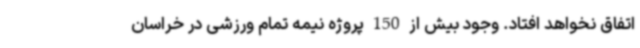
اتفاق نخواهد افتاد. وجود بیش از 150 پروژه نیمه تمام ورزشی در خراسان